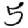
Digit: 5